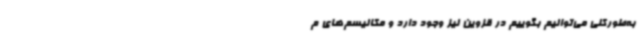
به‌طورکلی می‌توانیم بگوییم در قزوین نیز وجود دارد و مکانیسم‌های م